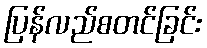
ပြန်လည်စတင်ခြင်း